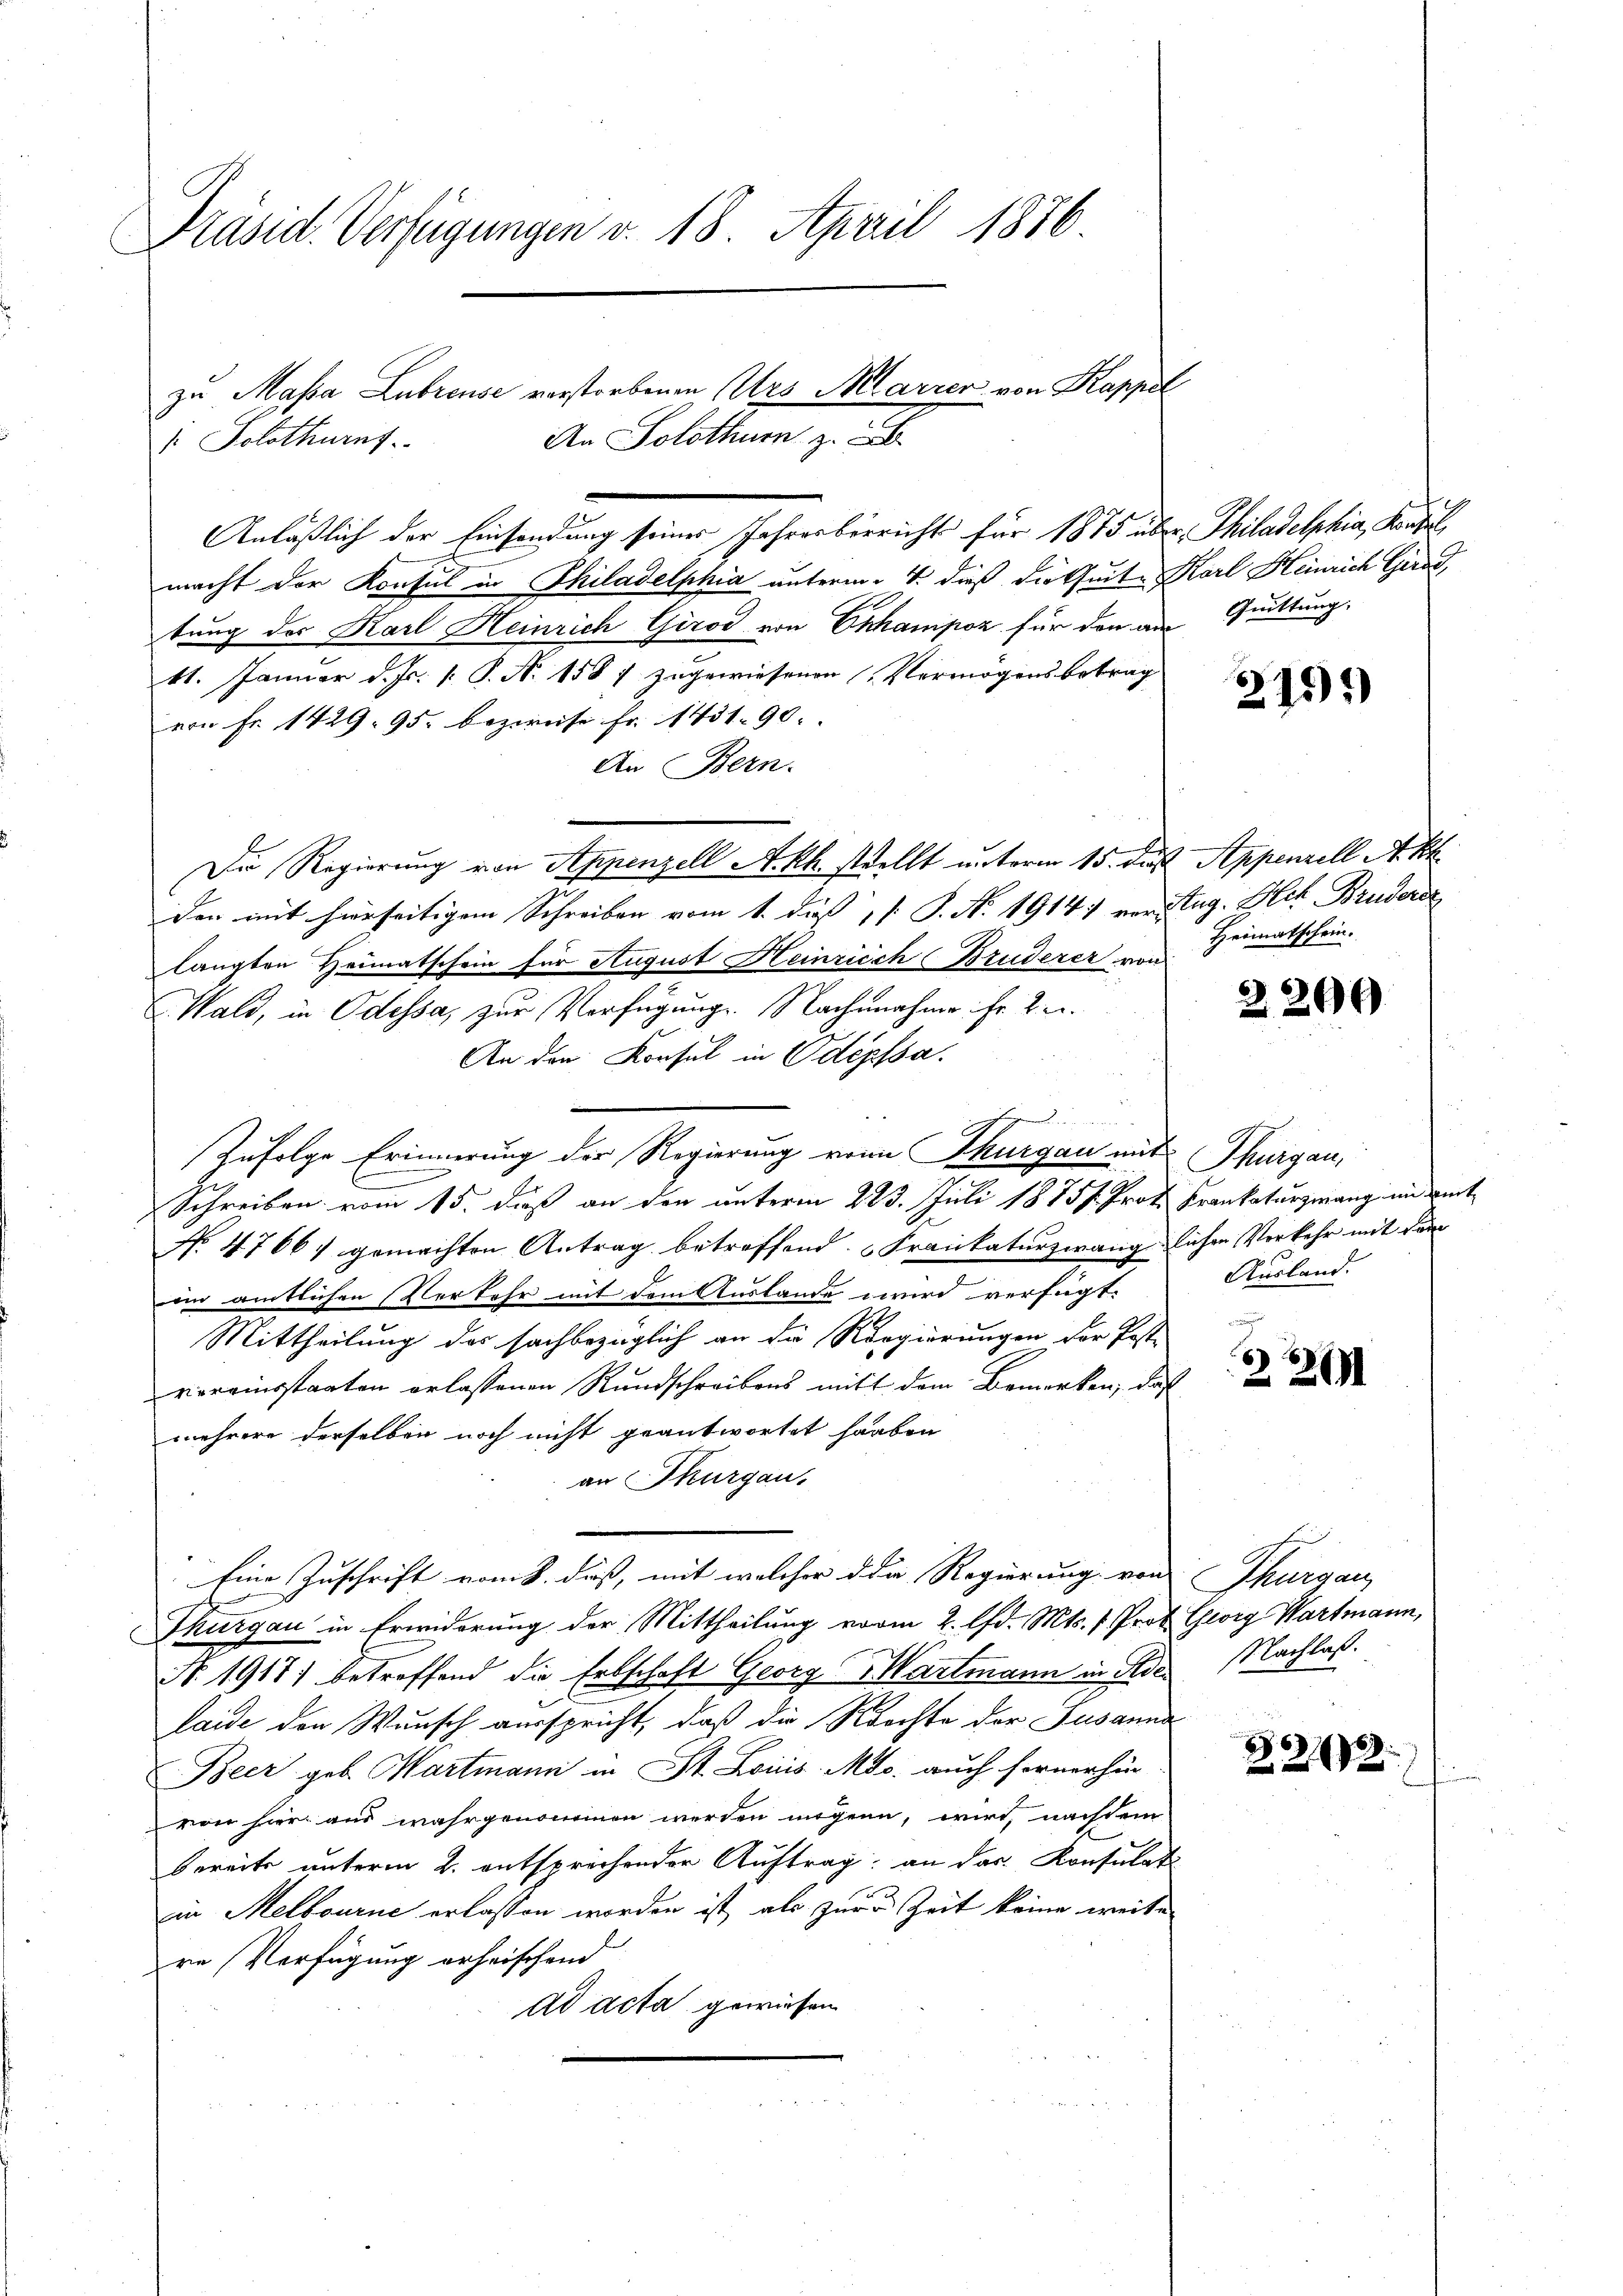
Präsid. Verfügungen v. 18. April 1876

Anläßlich der Einsendung seines Jahresberricht für 1875 über Philadelphia, Kandel
macht der Konsul in Philadelphia unterm 4. dieß dießseite Karl Heinrich Grad,
tung der Karl Heinrich Girod von Ekhampoz für den am Guittung,
11. Januar d. Js. [: P. Nr. 1587 zugewiesenen Vermögensbetrag
von Fr. 1429. 95. bezweife. Fr. 1451. 90.
An Bern.
Die Regierung von Appenzell A.-Rh. stellt unterm 15. die Appenzell Akt
den mit hierseitigem Schreiben vom 1. das P. Nr. 1914 verstag. Hch. Bruders
langten Heimatschein für August Heinrich Bruderer an Heimatschein.
Wald, in Odessa, zur Verfügung. Nachnahme ihr 2 u.
An den Konsul in Odepssa.
g
Zufolge Erinnerung der Regierung von Thurgau mit Thurgau,
.
Schreiben vom 15. daß an den unterm 223. Juli 1875. Prof. Krankaturzwang und weit
No 47667 gemachten Antrag betreffend Frankaturzwang lichen Verkehr mit dem
im amtlichen Verkehr mit dem Auslande wird verfügt:
Mittheilung des sachbezüglich an die Regierungen der Post-
vereinsstaaten erlassenen Rundschreibens mitt dem Bemerken, daß
mehrere derselben noch nicht geantwortet haben
an Thurgau.
Eine Zuschrift vom 8. dieß, mit welcher die Regierung von Thurgau,
Thurgau in Erwiderung der Mittheilung vom 2. lfd. Mts. 7 Prof. Georg Wartmann,
Nr. 1917) betreffend die Erbschaft Georg Wartmann in Ader Nachlaß.
Laide den Wunsch ausspricht, daß die Rechte der Susanna
Beer geb. Martmann in St. Lois. Mts. auch fernerhin
von hier aus wahrgenommen werden mögen, wird, nachdem
bereits unterm 2. entsprechender Auftrag an das Konsulati
in Melbourne erlassen worden ist, als zur Zeit keine weite
re Verfügung erheischend
ad acta gewiesen

zu Massa Lubreuse verstorbenen Ars Melarrer von Kappel
An Solothurn z. B.
. Solothurnf

275)

2200

Ausland.

2261

B 2922